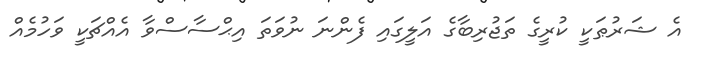
އެ ޝަރުޠަކީ ކުރީގެ ތަޖުރިބާގެ އަލީގައި ފެންނަ ނުވަތަ އިޙްސާސްވާ އެއްޗަކީ ވަހުމެއް